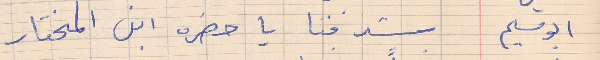
ابو سليم     شرفنا يا حضره ابن المختار